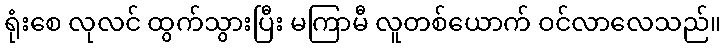
ရုံးစေ လုလင် ထွက်သွားပြီး မကြာမီ လူတစ်ယောက် ဝင်လာလေသည်။